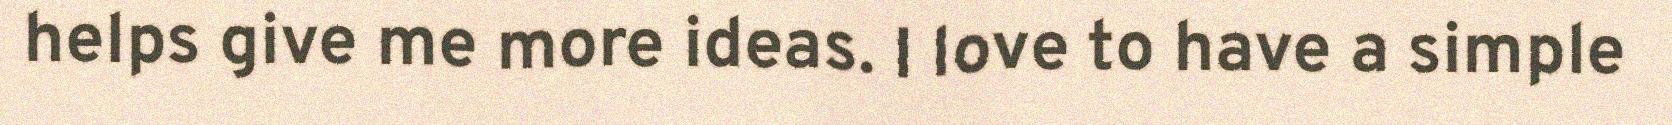
helps give me more ideas. I love to have a simple